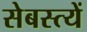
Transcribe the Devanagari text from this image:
सेबस्त्यें